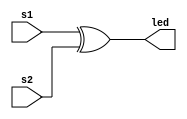
module LED(
  input wire s1, 
  input wire s2, 
  output wire led
); 
  assign led = s1 ^ s2; 
endmodule